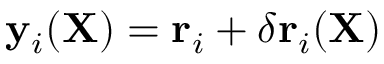
\mathbf { y } _ { i } ( \mathbf { X } ) = \mathbf { r } _ { i } + \delta \mathbf { r } _ { i } ( \mathbf { X } )